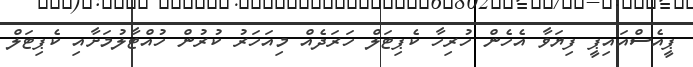
ޕީއެސްއައިޕީ ފިޔަވާ އެހެން ހުރިހާ ކެޕިޓަލް ހަރަދެއް މިއަހަރު ކުރުން ހުއްޓާލުމަށާއި ކެޕިޓަލް